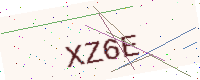
Text: XZ6E